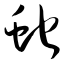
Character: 蛇